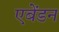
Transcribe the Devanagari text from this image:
एबेंडन